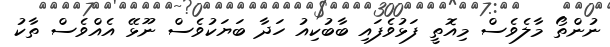
ނުންތޯ މާލެވެސް މިއޮތީ ފަޅުވެފައި ބާބުކިއު ހަދާ ބަޔަކުވެސް ނޫޅޭ އެއްވެސް ތާކު